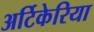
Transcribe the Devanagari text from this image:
अर्टिकेरिया